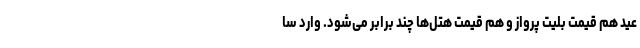
عید هم قیمت بلیت پرواز و هم قیمت هتل‌ها چند برابر می‌شود. وارد سا